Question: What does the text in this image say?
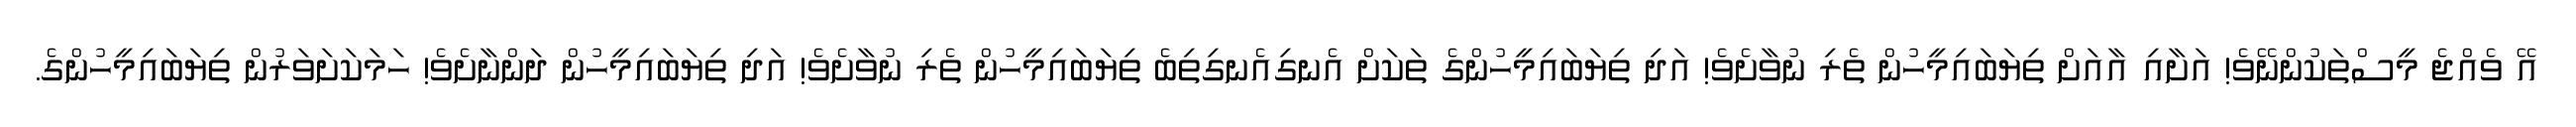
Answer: އޭ ވެއްޖެ މީސްތަކުންނޭވެ! އަށާއި އާއަށް ތިޔަބައިމީހުން ތެރި ނުވާށެވެ! އަދި ތިޔަބައިމީހުންގެ ތަކަށް އެނގިއެނގިތިބެ ތިޔަބައިމީހުން ތެރި ނުވާށެވެ! އަދި ތިޔަބައިމީހުން ދަންނާށެވެ! ހަމަކަށަވަރުން ތިޔަބައިމީހުންގެ.